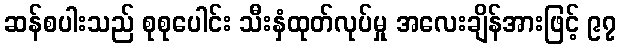
ဆန်စပါးသည် စုစုပေါင်း သီးနှံထုတ်လုပ်မှု အလေးချိန်အားဖြင့် ၉၇